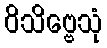
ဝိသိဗ္ဗေသုံ